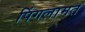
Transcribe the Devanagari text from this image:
पिंगलामत